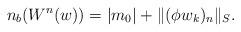
LaTeX: \begin{align*} n_b(W^n(w))=\lvert m_0\rvert+ \lVert (\phi w_k)_n\rVert_S.\end{align*}